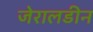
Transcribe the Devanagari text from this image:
जेरालडीन